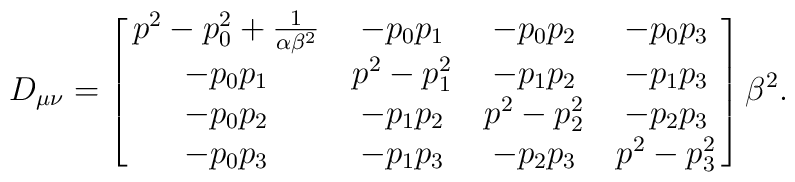
D_{\mu\nu} = \left [ \matrix{     p^2 - p_0^2 + \frac{1}{\alpha\beta^2} & -p_0p_1 & -p_0p_2 &-p_0p_3     \cr     -p_0p_1 & p^2-p_1^2 & -p_1p_2 & -p_1p_3 \cr     -p_0p_2 & -p_1p_2 & p^2-p_2^2 & -p_2p_3 \cr     -p_0p_3 & -p_1p_3 & -p_2p_3 & p^2-p_3^2 \cr} \right ] \beta^2.